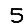
Digit: 5